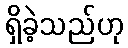
ရှိခဲ့သည်ဟု